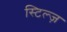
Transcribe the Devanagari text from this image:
स्टिल्ज़